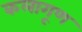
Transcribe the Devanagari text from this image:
कलागूण